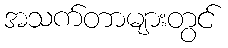
အသက်တာများတွင်